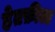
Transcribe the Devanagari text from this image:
हेतफ़ील्ड